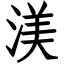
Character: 渼